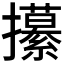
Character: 𭣎